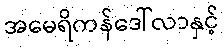
အမေရိကန်ဒေါ်လာနှင့်